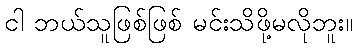
ငါ ဘယ်သူဖြစ်ဖြစ် မင်းသိဖို့မလိုဘူး။